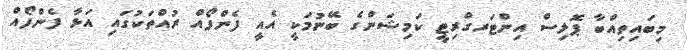
މިބައިތިއްބާ ޕޮލިސް އިންޓަރގްރިޓީ ކަމިޝަންގެ ބޭނުމަކީ އެއީ ފެންފޯއް ރުއްތަކުގައި އަޅާ ފެންފޯއް